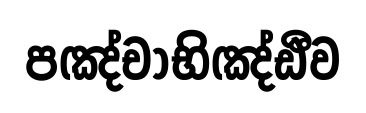
පඤ්චාභිඤ්ඪීව